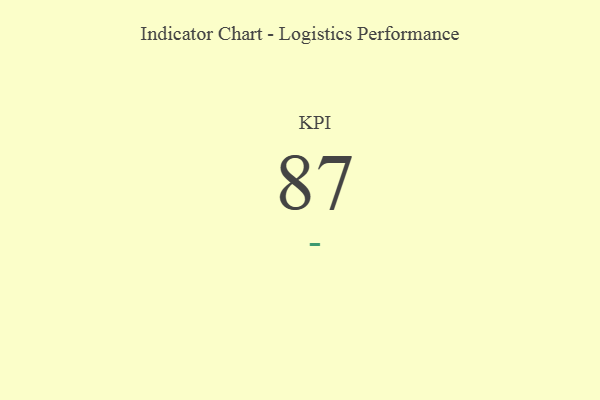
{"axis": {"x": "KPI", "y": "Value"}, "legend": [""], "data": [{"x": "KPI", "y": 87, "type": ""}]}